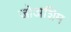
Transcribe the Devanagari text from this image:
जोअशिम